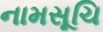
નામસૂચિ